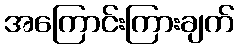
အကြောင်းကြားချက်